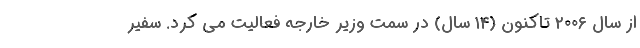
از سال ۲۰۰۶ تاکنون (۱۴ سال) در سمت وزیر خارجه فعالیت می کرد. سفیر